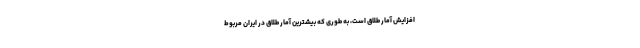
افزایش آمار طلاق است، به طوری که بیشترین آمار طلاق در ایران مربوط